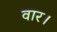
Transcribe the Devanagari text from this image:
वार।